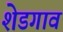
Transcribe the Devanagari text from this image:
शेडगाव